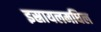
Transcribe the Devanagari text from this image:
इस्रायलमधिल